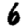
Digit: 6